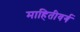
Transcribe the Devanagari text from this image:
माहितीवर्ग